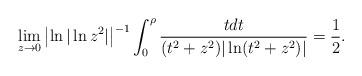
LaTeX: \begin{align*} \lim_{z \to 0} \left| \ln |\ln z^2 |\right|^{-1} \int_0^\rho \frac{t dt}{(t^2 +z^2)|\ln (t^2 +z^2)|} = \frac 12 . \end{align*}